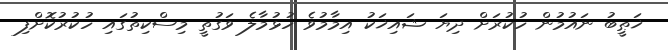
ޚަޠީބު ނައުމުން ހުކުރަށް ދިޔަ ޝައިޚަކު އިމާމުވެ ހުޅުމާލެ ވަގުތީ މިސްކިތުގައި ހުކުރުކޮށްފި